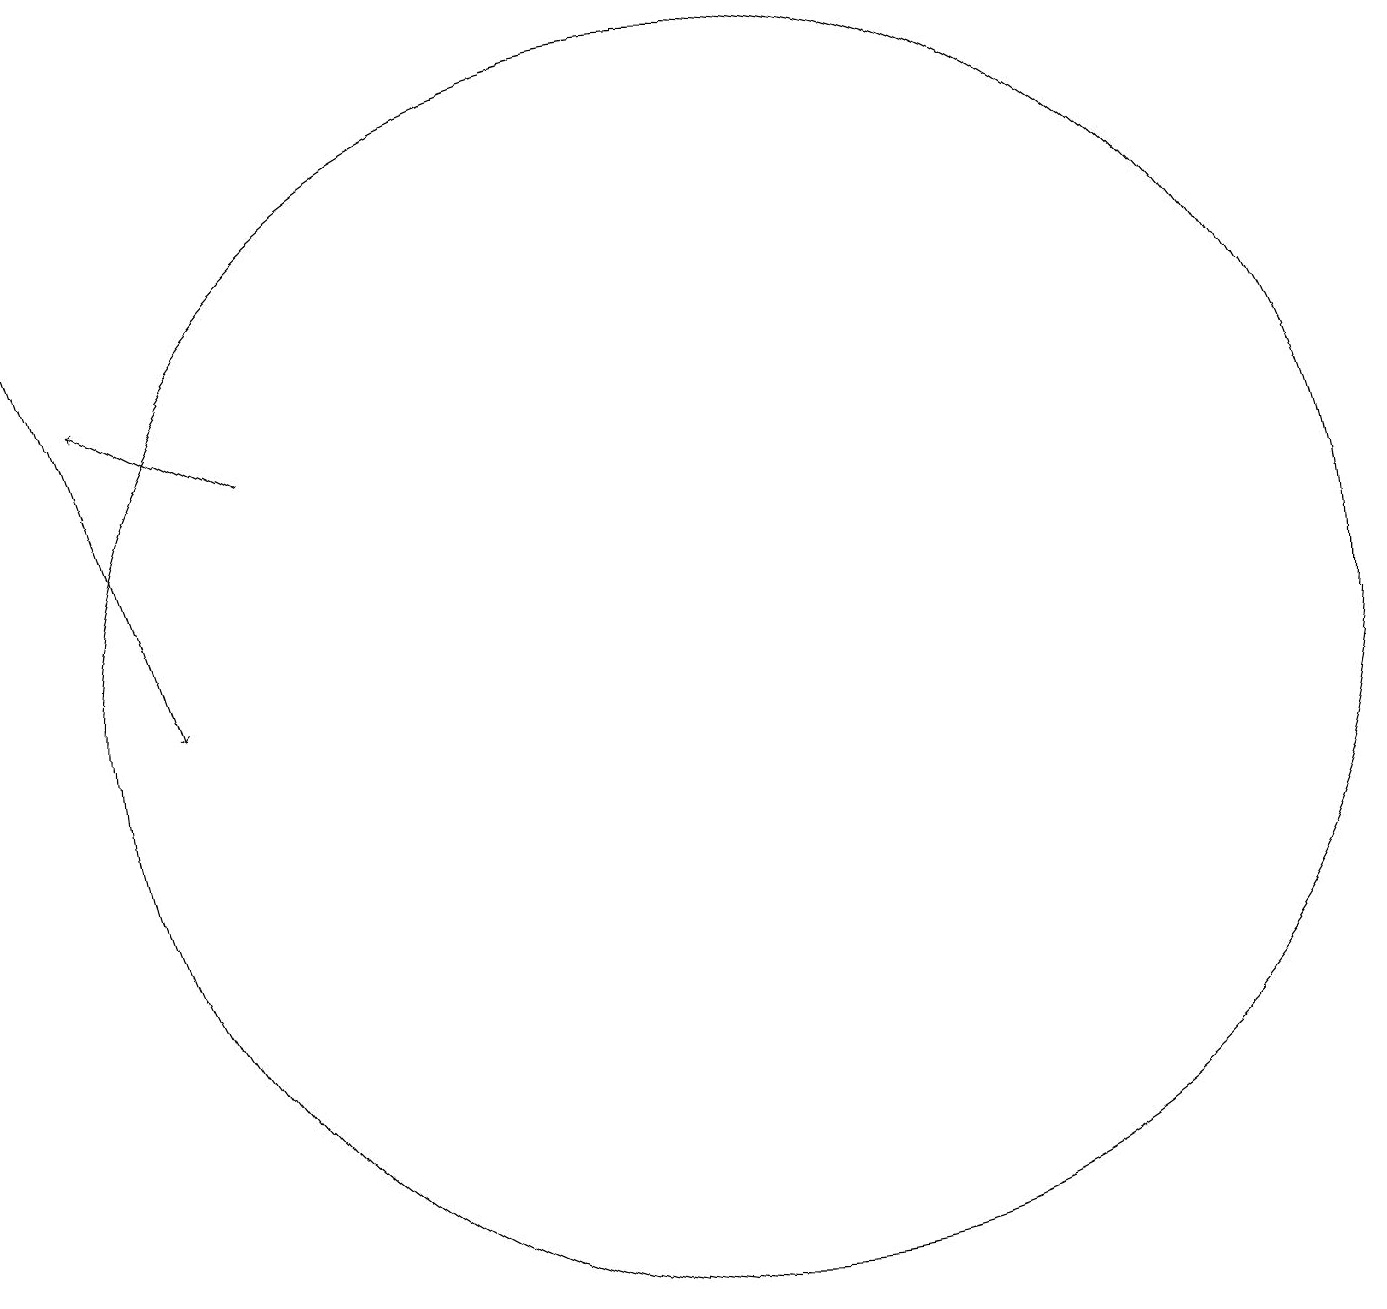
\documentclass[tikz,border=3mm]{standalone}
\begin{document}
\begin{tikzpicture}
\draw (12,12) circle (8);
\draw[->] (6,15) -- (4,16);
\draw[->] (3,18) -- (5,12);
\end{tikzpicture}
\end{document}